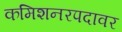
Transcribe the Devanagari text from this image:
कमिशनरपदावर